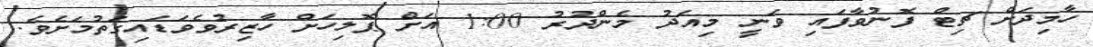
ހާމިދަށް ޗިޓް ފޮނުވާފައި ވަނީ މިއަދު މެންދުރު 1:00 އަށް ޕޮލިހަށް ހާޒިރުވެވަޑައިގަތުމަށެވެ.